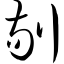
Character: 剔